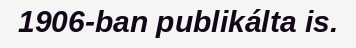
1906-ban publikálta is.